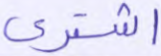
اشترى